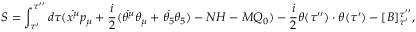
S = \int _ { \tau ^ { \prime } } ^ { \tau ^ { \prime \prime } } d \tau ( \dot { x ^ { \mu } } p _ { \mu } + \frac { i } { 2 } ( \dot { \theta ^ { \mu } } \theta _ { \mu } + \dot { \theta _ { 5 } } \theta _ { 5 } ) - N { \cal H } - M { \cal Q } _ { 0 } ) - \frac { i } { 2 } \theta ( \tau ^ { \prime \prime } ) \cdot \theta ( \tau ^ { \prime } ) - [ B ] _ { \tau ^ { \prime } } ^ { \tau ^ { \prime \prime } } ,